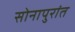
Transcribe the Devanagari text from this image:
सोनापुरांत